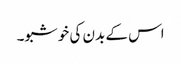
اس کے بدن کی خوشبو۔